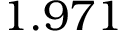
1 . 9 7 1